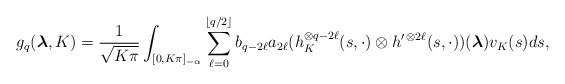
\begin{align*}g_q({\boldsymbol\lambda},K)=\frac{1}{\sqrt{K\pi}}\int_{[0,K\pi]_{-\alpha}}\sum^{\left\lfloor q/2\right\rfloor}_{\ell=0}b_{q-2\ell}a_{2\ell}(h^{\otimes q-2\ell}_K(s,\cdot)\otimes h^{\prime\,\otimes 2\ell}(s,\cdot))({\boldsymbol\lambda})v_K(s)ds,\end{align*}